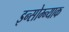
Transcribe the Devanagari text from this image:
इन्सोम्न्याक